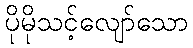
ပိုမိုသင့်လျော်သော